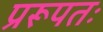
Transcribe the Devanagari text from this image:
प्ररूपतः